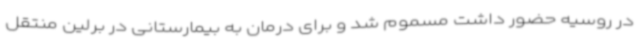
در روسیه حضور داشت مسموم شد و برای درمان به بیمارستانی در برلین منتقل